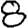
Digit: 8